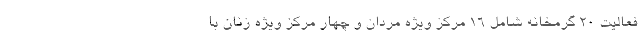
فعالیت ۲۰ گرمخانه شامل ۱۶ مرکز ویژه مردان و چهار مرکز ویژه زنان با